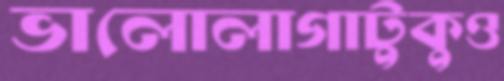
ভালোলাগাটুকুও